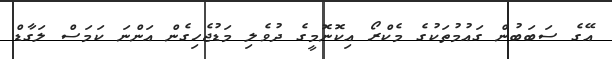
އޭގެ ސަބަބުން ގައުމުތަކުގެ މެކްރޯ އިކޮނޮމީގެ ދުވެލި މަޑުޖެހިގެން އަންނަ ކަމަސް ލަގާޑް